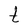
Character: t